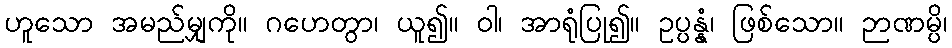
ဟူသော အမည်မျှကို။ ဂဟေတွာ၊ ယူ၍။ ဝါ၊ အာရုံပြု၍။ ဥပ္ပန္နံ၊ ဖြစ်သော။ ဉာဏမ္ပိ၊